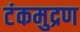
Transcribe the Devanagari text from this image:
टंकमुद्रण